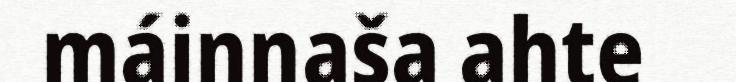
máinnaša ahte